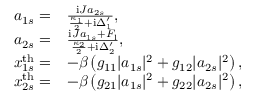
\begin{array} { r l } { a _ { 1 s } = } & { \frac { \mathrm { i } J a _ { 2 s } } { \frac { \kappa _ { 1 } } { 2 } + \mathrm { i } \Delta _ { 1 } ^ { \prime } } , } \\ { a _ { 2 s } = } & { \frac { \mathrm { i } J a _ { 1 s } + F _ { \mathrm { l } } } { \frac { \kappa _ { 2 } } { 2 } + \mathrm { i } \Delta _ { 2 } ^ { \prime } } , } \\ { x _ { 1 s } ^ { \mathrm { t h } } = } & { - \beta \left( g _ { 1 1 } | a _ { 1 s } | ^ { 2 } + g _ { 1 2 } | a _ { 2 s } | ^ { 2 } \right) , } \\ { x _ { 2 s } ^ { \mathrm { t h } } = } & { - \beta \left( g _ { 2 1 } | a _ { 1 s } | ^ { 2 } + g _ { 2 2 } | a _ { 2 s } | ^ { 2 } \right) , } \end{array}